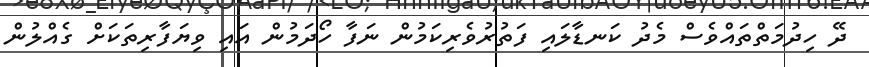
ދޭ ހިދުމަތްތައްވެސް މެދު ކަނޑާލައި ފަތުރުވެރިކަމުން ނަފާ ހޯދަމުން އައި ވިޔަފާރިތަކަށް ގެއްލުން